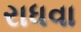
રાધવા